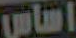
اساس